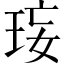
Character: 𤥑